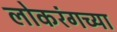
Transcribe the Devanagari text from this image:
लोकरंगच्या